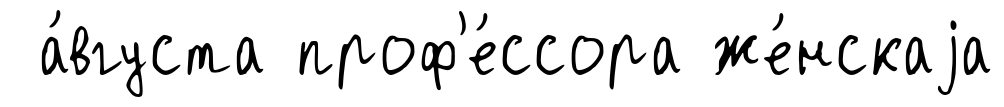
а́вгуста проф'е́ссора же́нскаjа